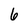
Character: 6